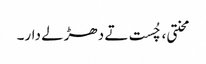
محنتی، چُست تے دھڑلے دار۔